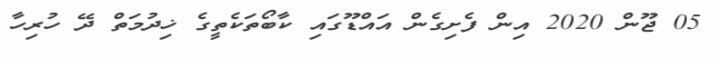
05 ޖޫން 2020 އިން ފެށިގެން އައްޑޫގައި ކާބޯތަކެތީގެ ޚިދުމަތް ދޭ ހުރިހާ